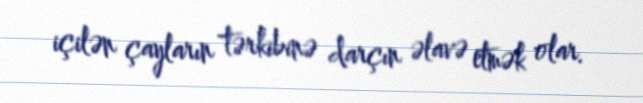
içilən çayların tərkibinə darçın əlavə etmək olar.